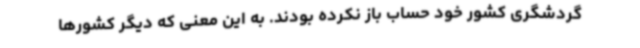
گردشگری کشور خود حساب باز نکرده‌ بودند. به این معنی که دیگر کشورها